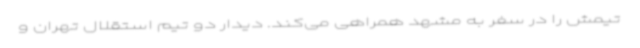
تیمش را در سفر به مشهد همراهی می‌کند. دیدار دو تیم استقلال تهران و